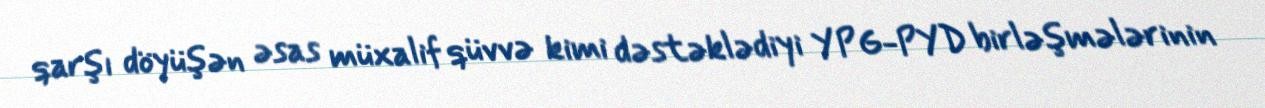
qarşı döyüşən əsas müxalif qüvvə kimi dəstəklədiyi YPG-PYD birləşmələrinin